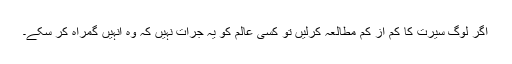
اگر لوگ سیرت کا کم از کم مطالعہ کرلیں تو کسی عالم کو یہ جرأت نہیں کہ وہ انہیں گمراہ کر سکے۔